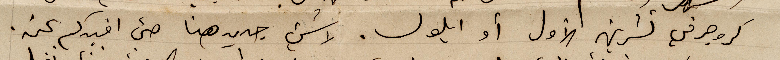
كروجر في تشرين الأول أو أيلول. لا شيء جديد هنا حتى افيدكم عنه.